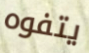
يتفوه